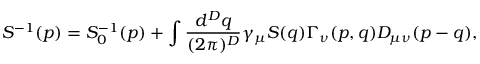
S ^ { - 1 } ( p ) = S _ { 0 } ^ { - 1 } ( p ) + \int { \frac { d ^ { D } q } { ( 2 \pi ) ^ { D } } } \gamma _ { \mu } S ( q ) \Gamma _ { \nu } ( p , q ) D _ { \mu \nu } ( p - q ) ,